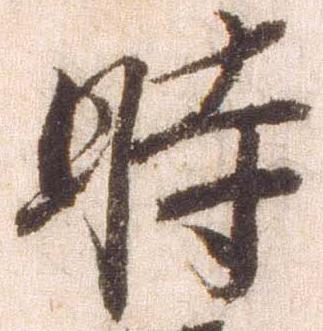
時